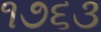
૧૭૬૩